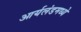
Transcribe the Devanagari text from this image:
आर्यलंडमध्ये